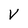
Character: V